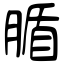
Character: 腯